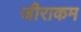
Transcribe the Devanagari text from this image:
जीराकम